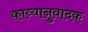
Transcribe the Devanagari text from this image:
काव्यानुवादक